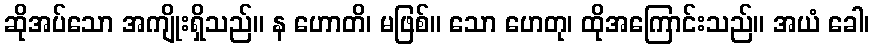
ဆိုအပ်သော အကျိုးရှိသည်။ န ဟောတိ၊ မဖြစ်။ သော ဟေတု၊ ထိုအကြောင်းသည်။ အယံ ခေါ၊